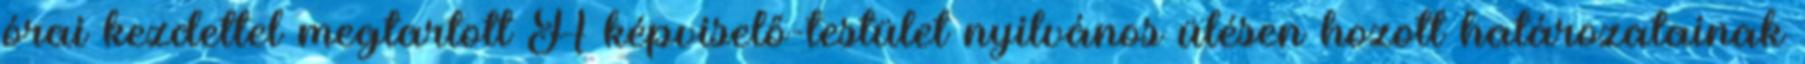
órai kezdettel megtartott A képviselő-testület nyilvános ülésen hozott határozatainak